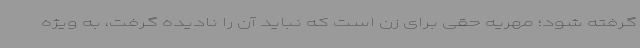
گرفته شود؛ مهریه حقی برای زن است که نباید آن را نادیده گرفت، به ویژه